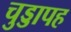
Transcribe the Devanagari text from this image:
चुड्डापह